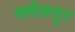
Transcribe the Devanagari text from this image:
दलेलपुर